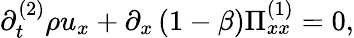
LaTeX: \partial_{t}^{(2)}\rho u_{x}+\partial_{x}\left(1-\beta\right)\Pi_{xx}^{(1)}=0,